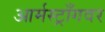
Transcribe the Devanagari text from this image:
आर्मस्ट्राँगवर